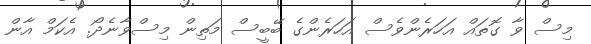
މިސް ވާ ގޮތައް އަހަރެންވެސް އަހަރެންގެ ބޭބީސް މަތިން މިސްވާނެދޯ. އެކަމް އާން